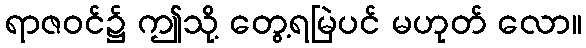
ရာဇဝင်၌ ဤသို့ တွေ့ရမြဲပင် မဟုတ် လော။